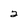
Character: 2